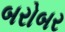
બરોબર